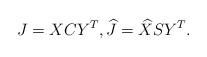
LaTeX: \begin{align*}J = X C Y^T,\widehat{J} = \widehat{X} S Y^T.\end{align*}